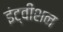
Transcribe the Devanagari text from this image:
इंट्वीशन